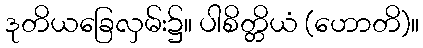
ဒုတိယခြေလှမ်း၌။ ပါစိတ္တိယံ (ဟောတိ)။